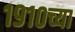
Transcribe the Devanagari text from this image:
१९१०च्या